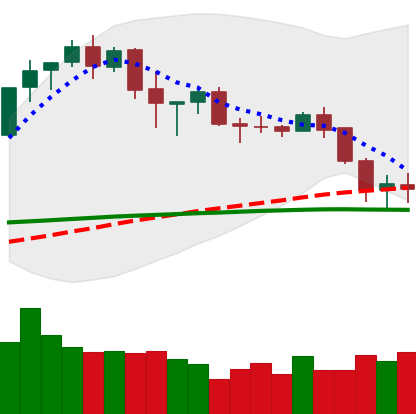
Ticker: BNB-USD
Chart end date: 2020-02-28
Forward return: 5.857%
Label: up_5_7